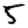
Digit: 5